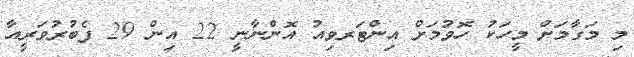
މި މަގާމަށް މީހަކު ހޮވުމަށް އިންޓަރވިއު އޮންނާނީ 22 އިން 29 ފެބުރުވަރީއާ